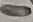
Text: -